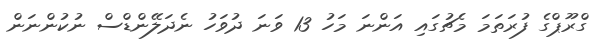
ގްރޫޕްގެ ފުރަތަމަ މެޗުގައި އަންނަ މަހު 13 ވަނަ ދުވަހު ނެދަލޭންޑްސް ނުކުންނަން